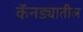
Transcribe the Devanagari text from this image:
कॅनड्यातील